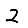
Digit: 2